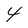
Character: 4